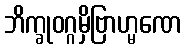
ဘိက္ခုဝဂ္ဂမှိဗြာဟ္မဏေ